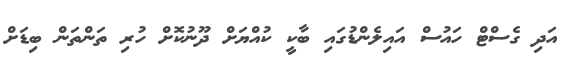
އަދި ގެސްޓް ހައުސް އައިލެންޑުގައި ބާކީ ކުއްޔަށް ދޫނުކޮށް ހުރި ތަންތަން ބިޑަށް